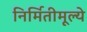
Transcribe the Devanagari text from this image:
निर्मितीमूल्ये